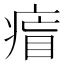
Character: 𤷐